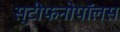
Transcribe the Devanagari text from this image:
स्टीफनोपॉलस